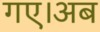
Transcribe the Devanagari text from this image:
गए।अब